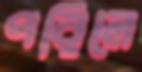
পরিলে